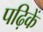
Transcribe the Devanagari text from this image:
पढ़िकें